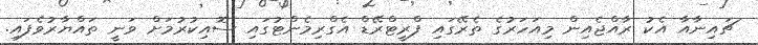
ޗައިނާއާ އެކު ރާއްޖެއިން މިއަހަރުގެ ތެރޭގައި ފްރީޓްރޭޑް އެގްރިމެންޓުގައި ސޮއިކުރުމަށް ވަނީ ތައްޔާރުވެފައި.